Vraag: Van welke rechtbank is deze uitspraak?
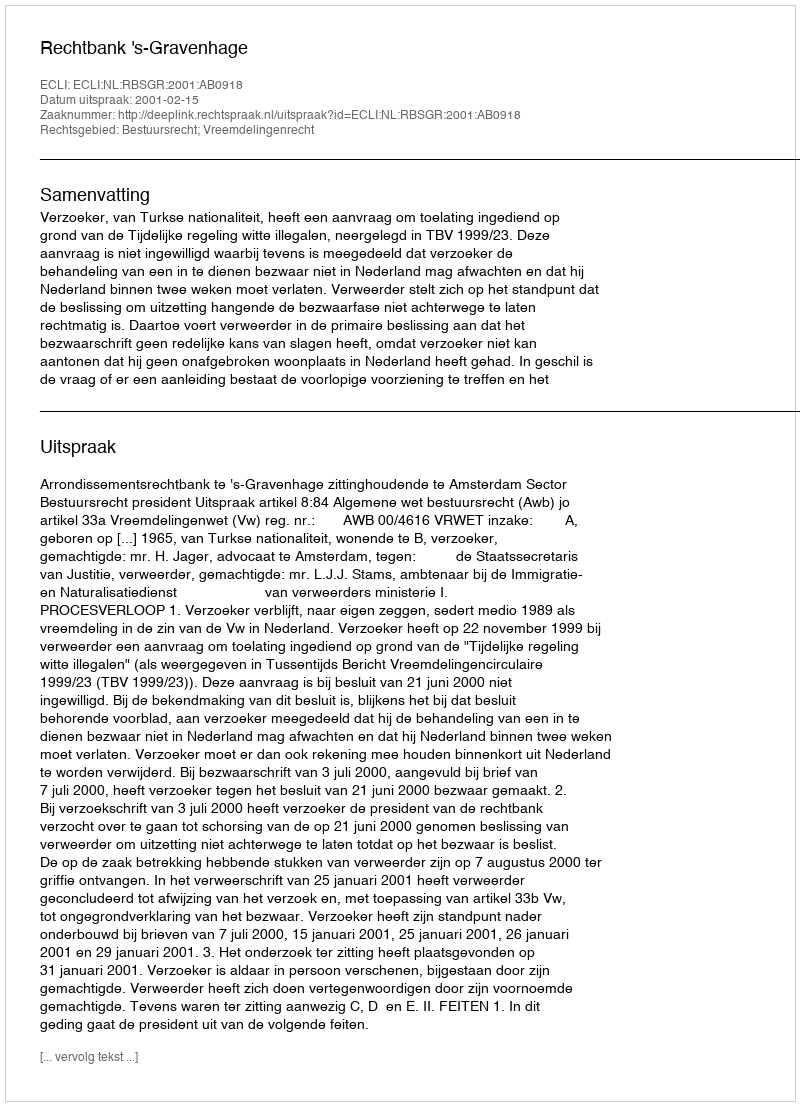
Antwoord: Rechtbank 's-Gravenhage